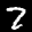
Label: 7